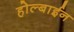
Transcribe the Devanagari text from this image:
होल्बाईन